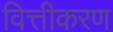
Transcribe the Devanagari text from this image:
वित्तीकरण